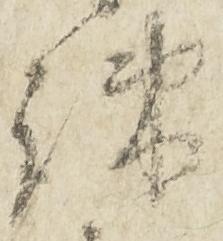
疎